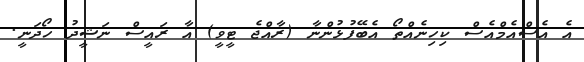
އެ އެސްއެމްއެސް ކިހިނެއްތޯ އެބޭފުޅުންނާ (ރާއްޖެ ޓީވީ) އާ ރައީސް ނަޝީދު ހޯދަނީ.